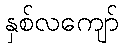
နှစ်လကျော်